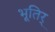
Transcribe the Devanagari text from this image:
भूतिर्